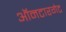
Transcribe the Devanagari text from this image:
ऑनटारगेट